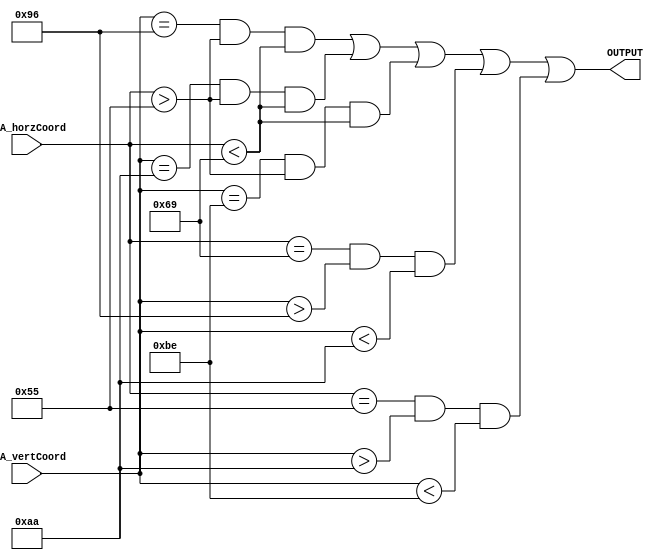
`timescale 1ns / 1ps
//////////////////////////////////////////////////////////////////////////////////
// Company: 
// Engineer: 
// 
// Design Name: 
// Module Name: ConditionFor2
// Project Name: 
// Target Devices: 
// Tool Versions: 
// Description: 
// 
// Dependencies: 
// 
// Revision:
// Revision 0.01 - File Created
// Additional Comments:
// 
//////////////////////////////////////////////////////////////////////////////////


module ConditionFor2(
    input [11:0] VGA_vertCoord,
    input [11:0] VGA_horzCoord,
    output OUTPUT
    );
    
    localparam startX = 85;        //Starting X-coord
    localparam startY = 150;        //Starting Y-Coord
    localparam hori_len = 20;
    localparam verti_len = 40;
    localparam hori_half_len = 10;
    localparam verti_half_len = 20;
     
    assign OUTPUT =
    ((VGA_vertCoord == startY) && (VGA_horzCoord > startX) && (VGA_horzCoord < startX + hori_len) ) ||                      
    ((VGA_vertCoord == startY + verti_half_len) && (VGA_horzCoord > startX) && (VGA_horzCoord < startX + hori_len) ) ||  
    ((VGA_vertCoord == startY + verti_len) && (VGA_horzCoord > startX) && (VGA_horzCoord < startX + hori_len) ) ||                 
    ((VGA_horzCoord == startX + hori_len) && (VGA_vertCoord > startY) && (VGA_vertCoord < startY + verti_half_len)) ||       
    ((VGA_horzCoord == startX) && (VGA_vertCoord > startY + verti_half_len) && (VGA_vertCoord < startY + verti_len)); 
endmodule